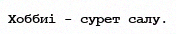
Хоббиі - сурет салу.